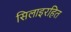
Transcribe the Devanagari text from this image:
सिलाइरहित